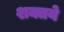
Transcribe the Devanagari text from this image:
शक्तये